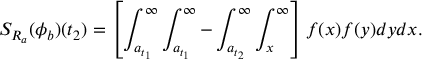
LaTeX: S _ { R _ { a } } ( \phi _ { b } ) ( t _ { 2 } ) = \left[ \int _ { a _ { t _ { 1 } } } ^ { \infty } \int _ { a _ { t _ { 1 } } } ^ { \infty } - \int _ { a _ { t _ { 2 } } } ^ { \infty } \int _ { x } ^ { \infty } \right] f ( x ) f ( y ) d y d x .